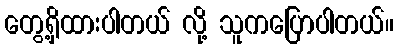
တွေ့ရှိထားပါတယ် လို့ သူကပြောပါတယ်။